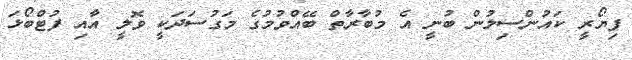
ފިޔޯރީ ކައުންސިލުން ބުނީ އެ މުބާރާތް ބޭއްވުމުގެ މަގުސަދަކީ ވޮލީ އާއި ފުޓްބޯޅަ